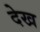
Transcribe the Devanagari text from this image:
देख्‍ा